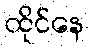
ထိုင်နေ